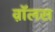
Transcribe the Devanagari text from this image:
व़ाॅलस